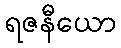
ရဇနီယော